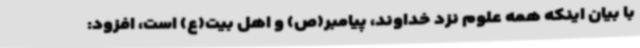
با بیان اینکه همه علوم نزد خداوند، پیامبر(ص) و اهل بیت(ع) است، افزود: